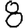
Digit: 8